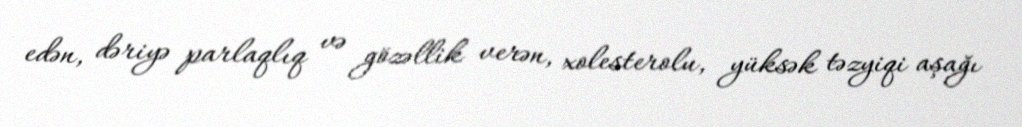
edən, dəriyə parlaqlıq və gözəllik verən, xolesterolu, yüksək təzyiqi aşağı